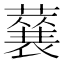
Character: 𮑽